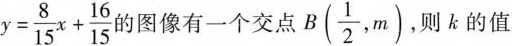
$$y= \frac{8}{15}x+ \frac{16}{15}$$ 旳图像有一个交点B(\frac{1}{2},m)，则k的值